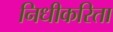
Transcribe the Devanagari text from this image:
निधीकरिता